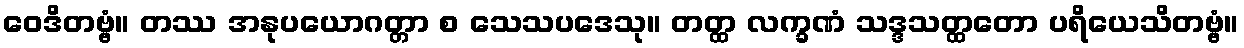
ဝေဒိတဗ္ဗံ။ တဿ အနုပယောဂတ္တာ စ သေသပဒေသု။ တတ္ထ လက္ခဏံ သဒ္ဒသတ္ထတော ပရိယေသိတဗ္ဗံ။